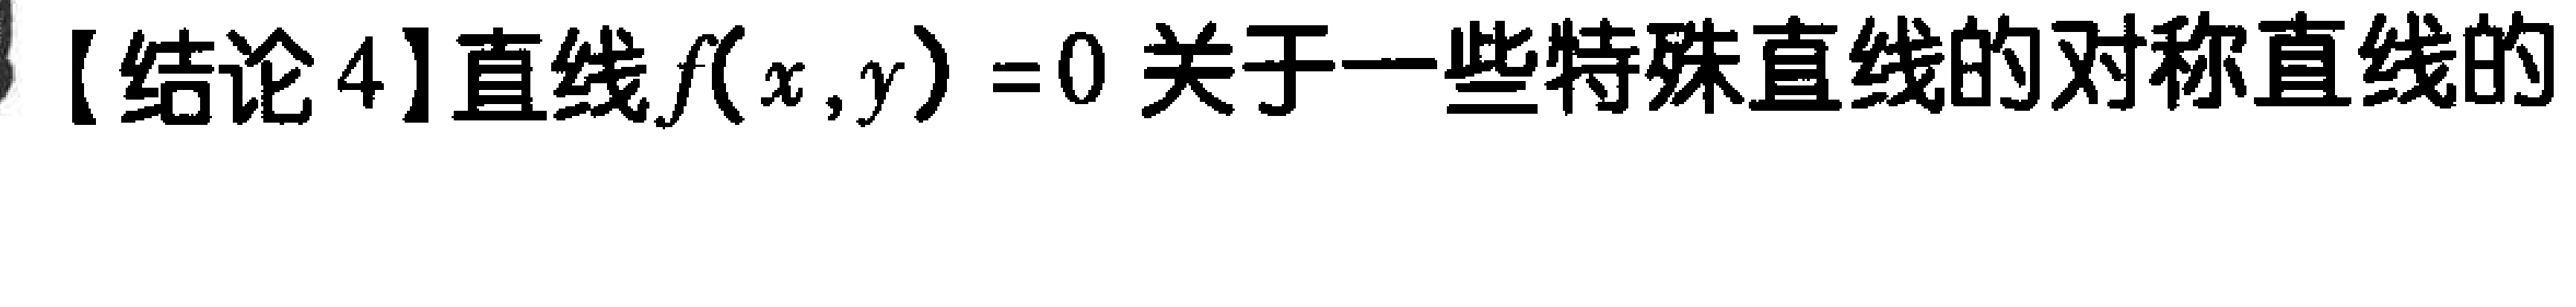
【结论4】直线\(f(x,y)=0\)关于一些特殊直线的